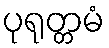
ပုရုတ္တမံ